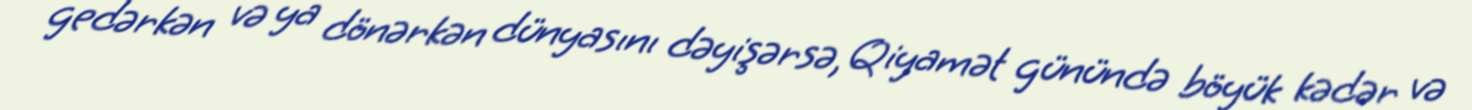
gedərkən və ya dönərkən dünyasını dəyişərsə, Qiyamət günündə böyük kədər və